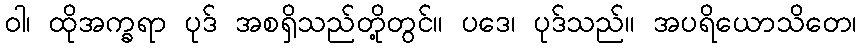
ဝါ၊ ထိုအက္ခရာ ပုဒ် အစရှိသည်တို့တွင်။ ပဒေ၊ ပုဒ်သည်။ အပရိယောသိတေ၊